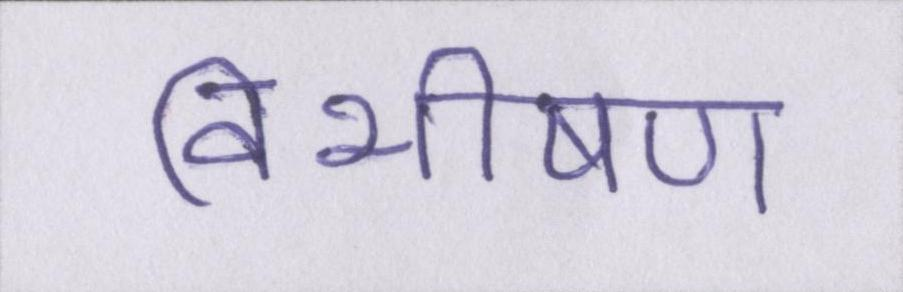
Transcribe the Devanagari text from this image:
विभीषण